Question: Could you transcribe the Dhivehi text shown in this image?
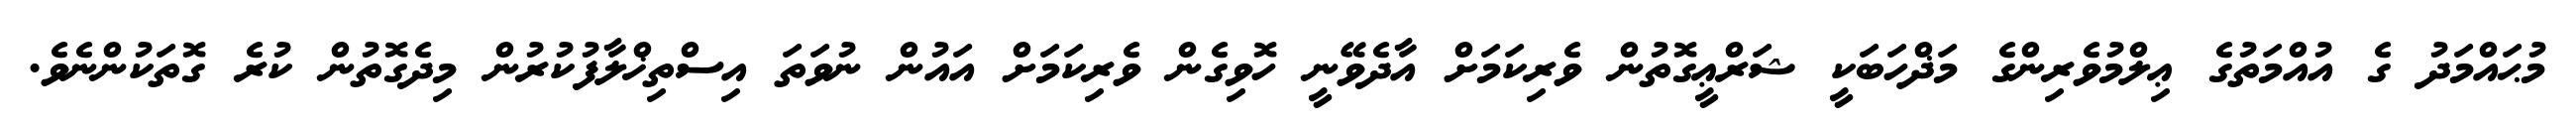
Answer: މުޙައްމަދު ގެ އުއްމަތުގެ ޢިލްމުވެރިންގެ މަޛްހަބަކީ ޝަރްޢީގޮތުން ވެރިކަމަށް އާދެވޭނީ ހޮވިގެން ވެރިކަމަށް އައުން ނުވަތަ އިސްތިޚްލާފުކުރުން މިދެގޮތުން ކުރެ ގޮތަކުންނެވެ.